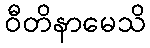
ဝီတိနာမေသိ